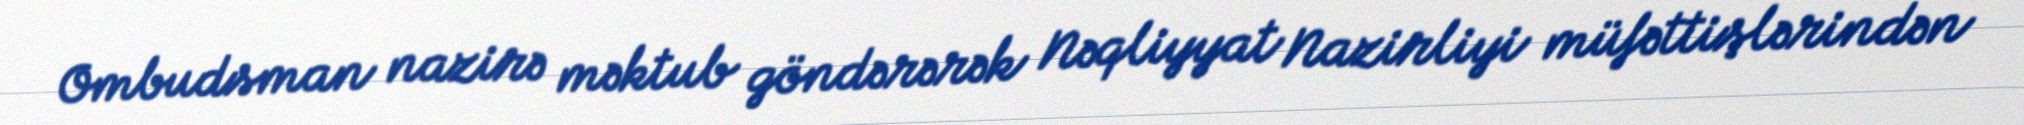
Ombudsman nazirə məktub göndərərək Nəqliyyat Nazirliyi müfəttişlərindən